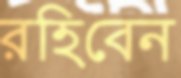
রহিবেন